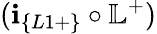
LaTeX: (\textbf{i}_{\{ L1+\} }\circ\mathbb{L}^{+})